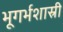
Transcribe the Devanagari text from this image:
भूगर्भशास्री